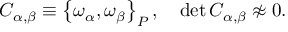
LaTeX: C _ { \alpha , \beta } \equiv \left\{ \omega _ { \alpha } , \omega _ { \beta } \right\} _ { P } , \quad \operatorname * { d e t } C _ { \alpha , \beta } \not \approx 0 .